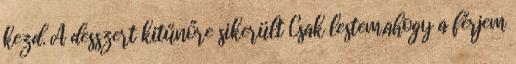
kezd. A desszert kitűnőre sikerült Csak lestem,ahogy a férjem